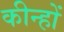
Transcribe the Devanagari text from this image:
कीन्हों